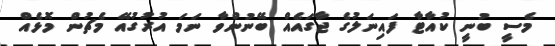
މެސީ ބުނީ ކުއާޓާ ފައިނަލުގެ ޖާގައެއް ބޭނުންވާ ނަމަ އުރުގުއޭ މެޗުން މޮޅެއް